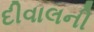
દીવાલની